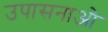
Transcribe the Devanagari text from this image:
उपासनाओ